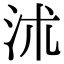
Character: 沭